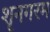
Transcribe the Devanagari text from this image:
शृनगरम